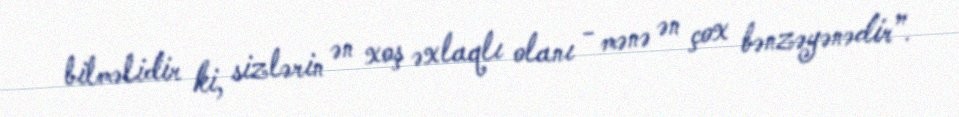
bilməlidir ki, sizlərin ən xoş əxlaqlı olanı - mənə ən çox bənzəyənədir”.